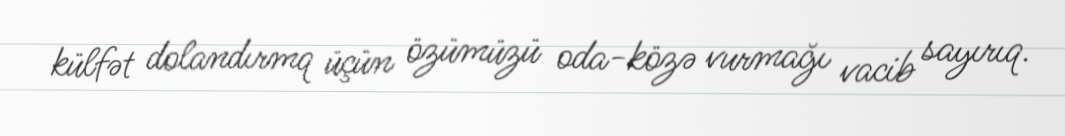
külfət dolandırmq üçün özümüzü oda-közə vurmağı vacib sayırıq.